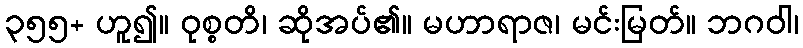
၃၅၅+ ဟူ၍။ ဝုစ္စတိ၊ ဆိုအပ်၏။ မဟာရာဇ၊ မင်းမြတ်။ ဘဂဝါ၊